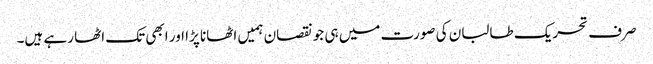
صرف تحریک طالبان کی صورت میں ہی جو نقصان ہمیں اٹھانا پڑا اور ابھی تک اٹھا رہے ہیں۔